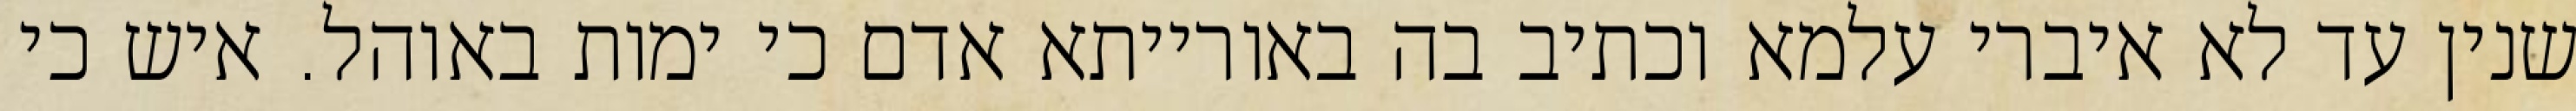
שנין עד לא איברי עלמא וכתיב בה באורייתא אדם כי ימות באוהל. איש כי